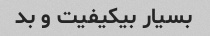
بسیار بیکیفیت و بد